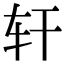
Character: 轩